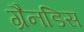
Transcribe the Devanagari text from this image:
ग्रैनडिस